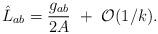
LaTeX: \begin{align*}\hat L_{ab}={g_{ab}\over2A}~+~{\cal O}(1/k).\end{align*}